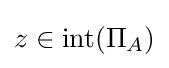
z\in \operatorname {int} (\Pi _{A})